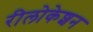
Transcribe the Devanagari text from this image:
रीलोकेशन